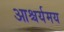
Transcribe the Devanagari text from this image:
आश्चर्यमय